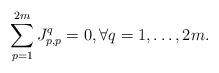
LaTeX: \begin{align*} \sum_{p=1}^{2m}J_{p,p}^q=0, \forall q=1,\ldots,2m.\end{align*}